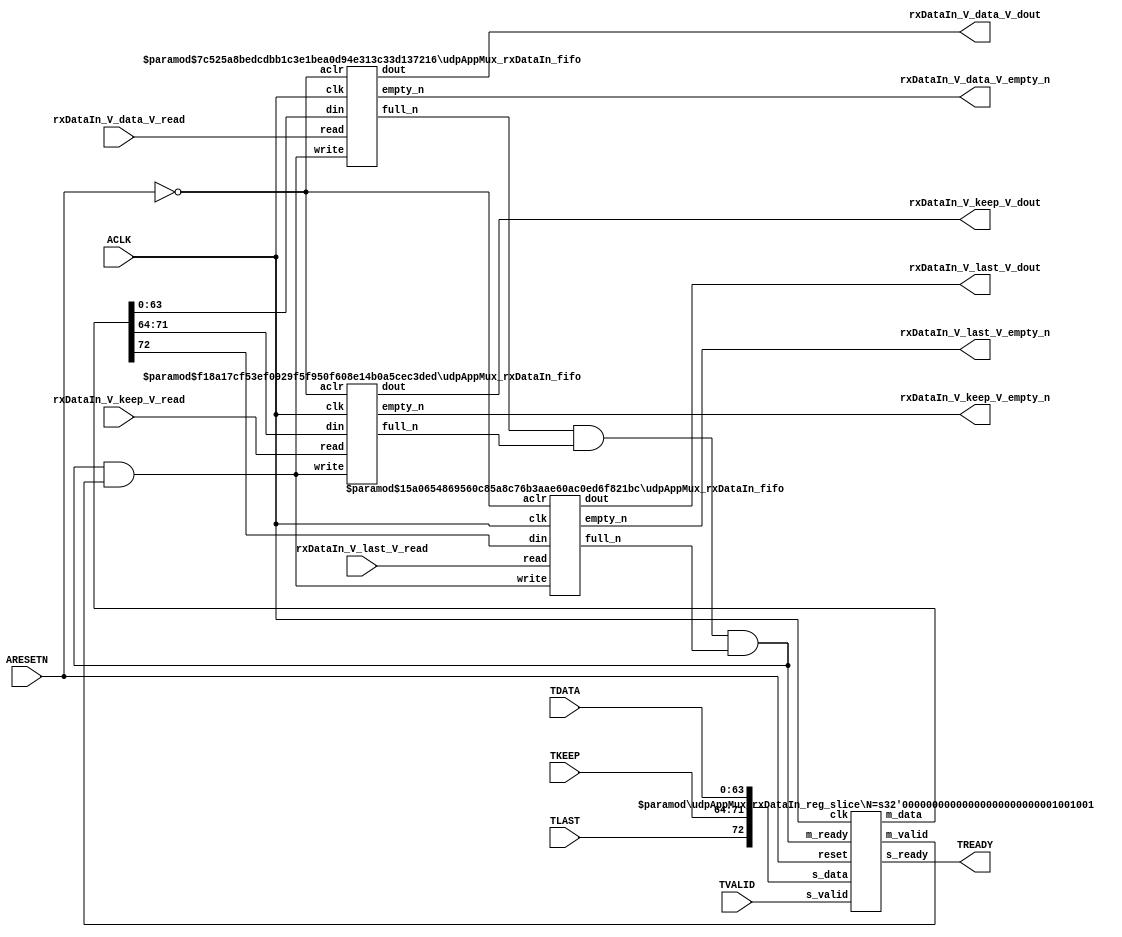
// ==============================================================
// File generated by Vivado(TM) HLS - High-Level Synthesis from C, C++ and SystemC
// Version: 2015.1
// Copyright (C) 2015 Xilinx Inc. All rights reserved.
// 
// ==============================================================


`timescale 1ns/1ps

module udpAppMux_rxDataIn_if (
    // AXI4-Stream singals
    input  wire        ACLK,
    input  wire        ARESETN,
    input  wire        TVALID,
    output wire        TREADY,
    input  wire [63:0] TDATA,
    input  wire [7:0]  TKEEP,
    input  wire [0:0]  TLAST,
    // User signals
    output wire [63:0] rxDataIn_V_data_V_dout,
    output wire        rxDataIn_V_data_V_empty_n,
    input  wire        rxDataIn_V_data_V_read,
    output wire [7:0]  rxDataIn_V_keep_V_dout,
    output wire        rxDataIn_V_keep_V_empty_n,
    input  wire        rxDataIn_V_keep_V_read,
    output wire [0:0]  rxDataIn_V_last_V_dout,
    output wire        rxDataIn_V_last_V_empty_n,
    input  wire        rxDataIn_V_last_V_read
);
//------------------------Local signal-------------------
// FIFO
wire [0:0]  fifo_write;
wire [0:0]  fifo_full_n;
wire [63:0] rxDataIn_V_data_V_din;
wire [0:0]  rxDataIn_V_data_V_full_n;
wire [7:0]  rxDataIn_V_keep_V_din;
wire [0:0]  rxDataIn_V_keep_V_full_n;
wire [0:0]  rxDataIn_V_last_V_din;
wire [0:0]  rxDataIn_V_last_V_full_n;
// register slice
wire [0:0]  s_valid;
wire [0:0]  s_ready;
wire [72:0] s_data;
wire [0:0]  m_valid;
wire [0:0]  m_ready;
wire [72:0] m_data;

//------------------------Instantiation------------------
// rs
udpAppMux_rxDataIn_reg_slice #(
    .N       ( 73 )
) rs (
    .clk     ( ACLK ),
    .reset   ( ARESETN ),
    .s_data  ( s_data ),
    .s_valid ( s_valid ),
    .s_ready ( s_ready ),
    .m_data  ( m_data ),
    .m_valid ( m_valid ),
    .m_ready ( m_ready )
);

// rxDataIn_V_data_V_fifo
udpAppMux_rxDataIn_fifo #(
    .DATA_BITS  ( 64 ),
    .DEPTH_BITS ( 4 )
) rxDataIn_V_data_V_fifo (
    .clk        ( ACLK ),
    .aclr       ( ~ARESETN ),
    .empty_n    ( rxDataIn_V_data_V_empty_n ),
    .full_n     ( rxDataIn_V_data_V_full_n ),
    .read       ( rxDataIn_V_data_V_read ),
    .write      ( fifo_write ),
    .dout       ( rxDataIn_V_data_V_dout ),
    .din        ( rxDataIn_V_data_V_din )
);

// rxDataIn_V_keep_V_fifo
udpAppMux_rxDataIn_fifo #(
    .DATA_BITS  ( 8 ),
    .DEPTH_BITS ( 4 )
) rxDataIn_V_keep_V_fifo (
    .clk        ( ACLK ),
    .aclr       ( ~ARESETN ),
    .empty_n    ( rxDataIn_V_keep_V_empty_n ),
    .full_n     ( rxDataIn_V_keep_V_full_n ),
    .read       ( rxDataIn_V_keep_V_read ),
    .write      ( fifo_write ),
    .dout       ( rxDataIn_V_keep_V_dout ),
    .din        ( rxDataIn_V_keep_V_din )
);

// rxDataIn_V_last_V_fifo
udpAppMux_rxDataIn_fifo #(
    .DATA_BITS  ( 1 ),
    .DEPTH_BITS ( 4 )
) rxDataIn_V_last_V_fifo (
    .clk        ( ACLK ),
    .aclr       ( ~ARESETN ),
    .empty_n    ( rxDataIn_V_last_V_empty_n ),
    .full_n     ( rxDataIn_V_last_V_full_n ),
    .read       ( rxDataIn_V_last_V_read ),
    .write      ( fifo_write ),
    .dout       ( rxDataIn_V_last_V_dout ),
    .din        ( rxDataIn_V_last_V_din )
);

//------------------------Body---------------------------
//++++++++++++++++++++++++AXI4-Stream++++++++++++++++++++
assign TREADY = s_ready;

//+++++++++++++++++++++++++++++++++++++++++++++++++++++++

//++++++++++++++++++++++++Reigister Slice++++++++++++++++
assign s_valid = TVALID;
assign m_ready = fifo_full_n;
assign s_data  = {TLAST[0:0], TKEEP[7:0], TDATA[63:0]};

//+++++++++++++++++++++++++++++++++++++++++++++++++++++++

//++++++++++++++++++++++++FIFO+++++++++++++++++++++++++++
assign fifo_write            = fifo_full_n & m_valid;
assign rxDataIn_V_data_V_din = m_data[63:0];
assign rxDataIn_V_keep_V_din = m_data[71:64];
assign rxDataIn_V_last_V_din = m_data[72:72];
assign fifo_full_n           = rxDataIn_V_data_V_full_n & rxDataIn_V_keep_V_full_n & rxDataIn_V_last_V_full_n;

//+++++++++++++++++++++++++++++++++++++++++++++++++++++++

endmodule



`timescale 1ns/1ps

module udpAppMux_rxDataIn_fifo
#(parameter
    DATA_BITS  = 8,
    DEPTH_BITS = 4
)(
    input  wire                 clk,
    input  wire                 aclr,
    output wire                 empty_n,
    output wire                 full_n,
    input  wire                 read,
    input  wire                 write,
    output wire [DATA_BITS-1:0] dout,
    input  wire [DATA_BITS-1:0] din
);
//------------------------Parameter----------------------
localparam
    DEPTH = 1 << DEPTH_BITS;
//------------------------Local signal-------------------
reg                   empty;
reg                   full;
reg  [DEPTH_BITS-1:0] index;
reg  [DATA_BITS-1:0]  mem[0:DEPTH-1];
//------------------------Body---------------------------
assign empty_n = ~empty;
assign full_n  = ~full;
assign dout    = mem[index];

// empty
always @(posedge clk or posedge aclr) begin
    if (aclr)
        empty <= 1'b1;
    else if (empty & write & ~read)
        empty <= 1'b0;
    else if (~empty & ~write & read & (index==1'b0))
        empty <= 1'b1;
end

// full
always @(posedge clk or posedge aclr) begin
    if (aclr)
        full <= 1'b0;
    else if (full & read & ~write)
        full <= 1'b0;
    else if (~full & ~read & write & (index==DEPTH-2'd2))
        full <= 1'b1;
end

// index
always @(posedge clk or posedge aclr) begin
    if (aclr)
        index <= {DEPTH_BITS{1'b1}};
    else if (~empty & ~write & read)
        index <= index - 1'b1;
    else if (~full & ~read & write)
        index <= index + 1'b1;
end

// mem
always @(posedge clk) begin
    if (~full & write) mem[0] <= din;
end

genvar i;
generate
    for (i = 1; i < DEPTH; i = i + 1) begin : gen_sr
        always @(posedge clk) begin
            if (~full & write) mem[i] <= mem[i-1];
        end
    end
endgenerate

endmodule

`timescale 1ns/1ps

module udpAppMux_rxDataIn_reg_slice
#(parameter
    N = 8   // data width
) (
    // system signals
    input  wire         clk,
    input  wire         reset,
    // slave side
    input  wire [N-1:0] s_data,
    input  wire         s_valid,
    output wire         s_ready,
    // master side
    output wire [N-1:0] m_data,
    output wire         m_valid,
    input  wire         m_ready
);
//------------------------Parameter----------------------
// state
localparam [1:0]
    ZERO = 2'b10,
    ONE  = 2'b11,
    TWO  = 2'b01;
//------------------------Local signal-------------------
reg  [N-1:0] data_p1;
reg  [N-1:0] data_p2;
wire         load_p1;
wire         load_p2;
wire         load_p1_from_p2;
reg          s_ready_t;
reg  [1:0]   state;
reg  [1:0]   next;
//------------------------Body---------------------------
assign s_ready = s_ready_t;
assign m_data  = data_p1;
assign m_valid = state[0];

assign load_p1 = (state == ZERO && s_valid) ||
                 (state == ONE && s_valid && m_ready) ||
                 (state == TWO && m_ready);
assign load_p2 = s_valid & s_ready;
assign load_p1_from_p2 = (state == TWO);

// data_p1
always @(posedge clk) begin
    if (load_p1) begin
        if (load_p1_from_p2)
            data_p1 <= data_p2;
        else
            data_p1 <= s_data;
    end
end

// data_p2
always @(posedge clk) begin
    if (load_p2) data_p2 <= s_data;
end

// s_ready_t
always @(posedge clk) begin
    if (~reset)
        s_ready_t <= 1'b0;
    else if (state == ZERO)
        s_ready_t <= 1'b1;
    else if (state == ONE && next == TWO)
        s_ready_t <= 1'b0;
    else if (state == TWO && next == ONE)
        s_ready_t <= 1'b1;
end

// state
always @(posedge clk) begin
    if (~reset)
        state <= ZERO;
    else
        state <= next;
end

// next
always @(*) begin
    case (state)
        ZERO:
            if (s_valid & s_ready)
                next = ONE;
            else
                next = ZERO;
        ONE:
            if (~s_valid & m_ready)
                next = ZERO;
            else if (s_valid & ~m_ready)
                next = TWO;
            else
                next = ONE;
        TWO:
            if (m_ready)
                next = ONE;
            else
                next = TWO;
        default:
            next = ZERO;
    endcase
end

endmodule